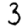
Digit: 3